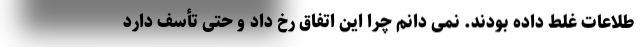
طلاعات غلط داده بودند. نمی دانم چرا این اتفاق رخ داد و حتی تأسف دارد